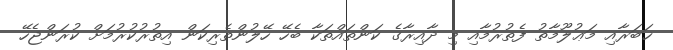
ޚަބަރާއި މަޢުލޫމާތު ފެތުރުމާއި މި ދާއިރާގެ ކަންތައްތަކާ ބެހޭ ހޭލުންތެރިކަން އިތުރުކުރުމަށް ކުރަންޖެހޭ